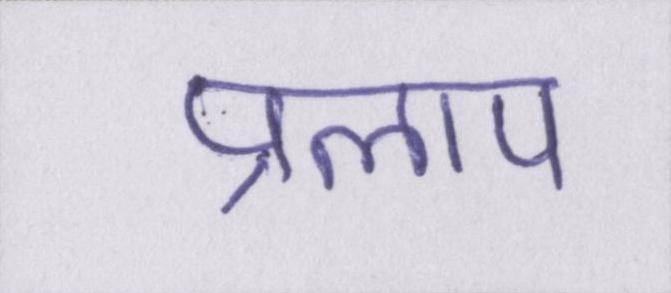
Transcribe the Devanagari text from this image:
प्रलाप